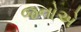
જનોએ